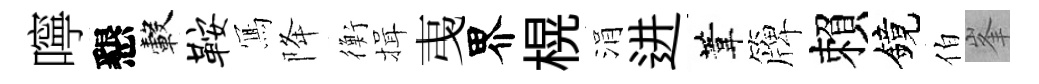
嚀懇轂鞍𭂁降衡揖𢎯界榥涓进葦簰賴鏡伯峯